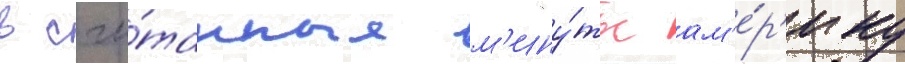
в счи́танные м'ину́ты ам'е́р'ику